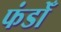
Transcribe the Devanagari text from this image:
फंडोँ